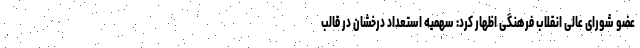
عضو شورای عالی انقلاب فرهنگی اظهار کرد: سهمیه استعداد درخشان در قالب